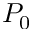
P _ { 0 }